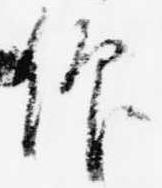
仰